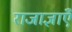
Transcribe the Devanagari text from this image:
राजाज्ञाएँ